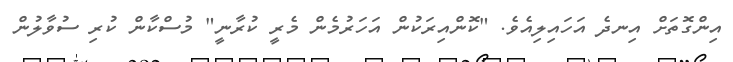
އިންގޮތަށް އިނދެ އަހައިލިއެވެ. "ކޮންއިރަކުން އަހަރުމެން މެރީ ކުރާނީ" މުސްކާން ކުރި ސުވާލުން